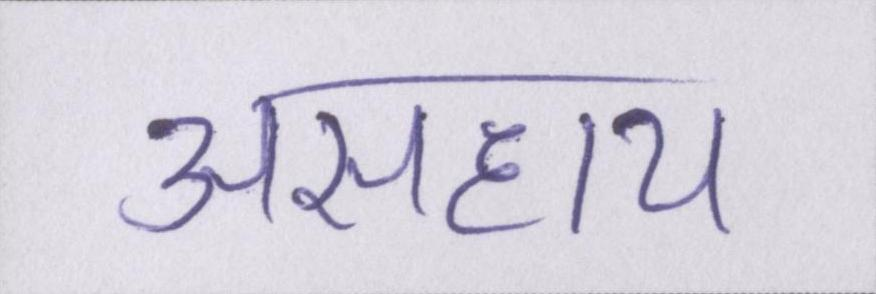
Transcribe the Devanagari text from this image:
असहाय